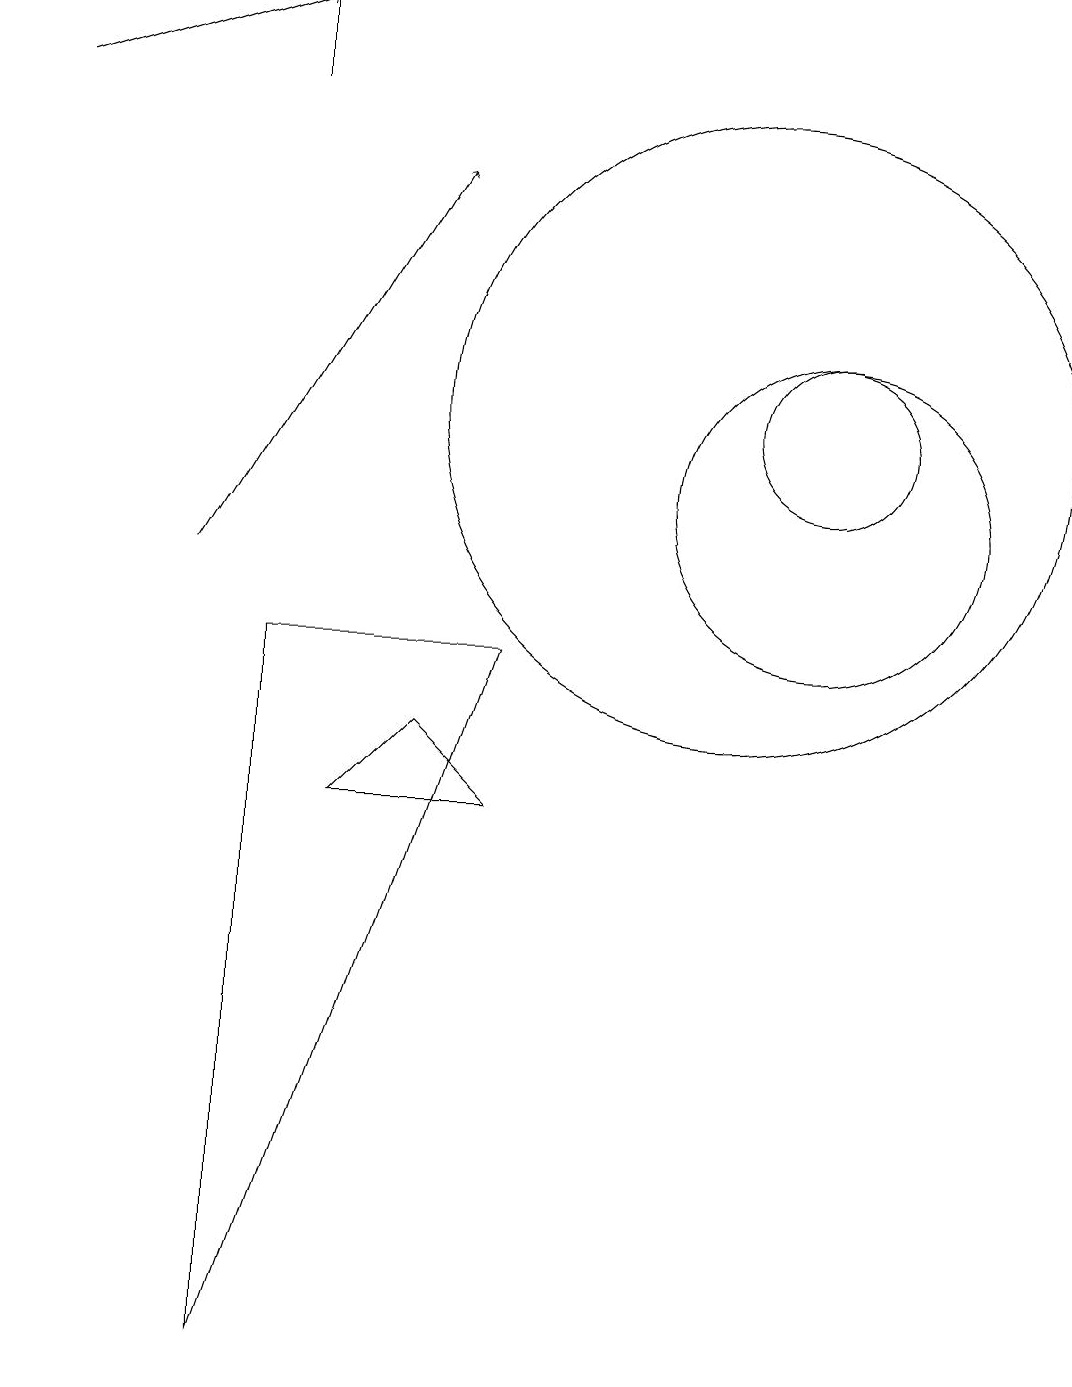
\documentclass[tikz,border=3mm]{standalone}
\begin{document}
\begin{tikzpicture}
\draw (11,12) circle (4);
\draw[->] (4,10) -- (7,15);
\draw (5,16) rectangle (5,17);
\draw (5,9) -- (8,9) -- (5,0) -- cycle;
\draw (6,7) -- (7,8) -- (8,7) -- cycle;
\draw (12,11) circle (2);
\draw[->] (2,16) -- (5,17);
\draw (12,12) circle (1);
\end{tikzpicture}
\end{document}